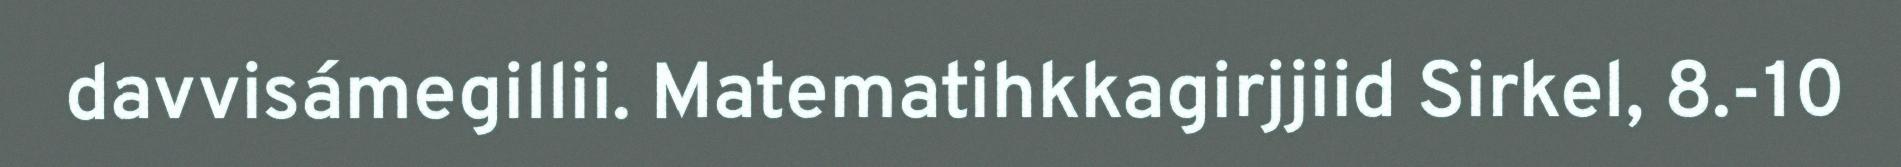
davvisámegillii. Matematihkkagirjjiid Sirkel, 8.-10